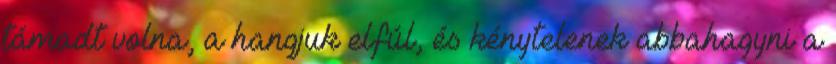
támadt volna, a hangjuk elfúl, és kénytele­nek abbahagyni a